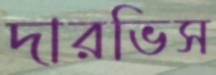
দারভিস